Report on lock hospitals in British Burma
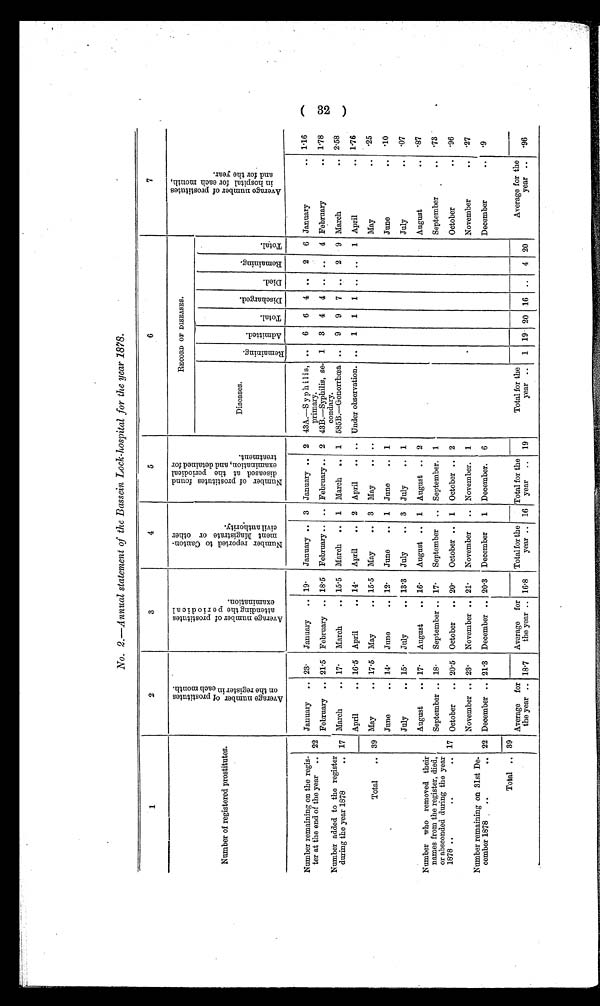
•
No. 2.-Annual statement of the Bassein Lock-hospital for the year 1878.
1
2
3
4
5
6
7
Number of registered prostitutes.
A v e r a g e n u m b e r o f p r o s t i t u t e s o n t h e r e g i s t e r i n e a c h m o n t h .
A v e r a g e n u m b e r p r o s t i t u t e s a t t e n d i n g t h e p e r i o d i c a l e x a m i n a t i o n . N u m b e r r e p o r t e d t o c a n t o n - m e n t M a g i s t r a t e o r o t h e r c i v i l a u t h o r i t y .
N u m b e r o f p r o s t i t u t e s f o u n d d i s e a s e d a t t h e p e r i o d i c a l e x a m i n a t i o n , a n d d e t a i n e d f o r t r a t m e n t .
RECORD OF DISEASES.
A v e r a g e n u m b e r o f p r o s t i t u t e s i n h o s p i t a l f o r e a c h m o n t h a n d f o r t h e y e a r .
Diseases.
Re ma i n i n g . A d m i t t e d .
Tot al .
D i s c h a r g e d .
D i e d .
Re ma i n i n g .
Tot al .
Number remaining on the regis-
ter at the end of the year ..
January .. 23.
January .. 19.
January .. 3 January .. 2 43A.—S y p h i 1 i s, .. 6 6 4 .. 2 6 January
.. 1.16
22
February .. 21.5 February .. 18.5 February .. .. February .. 2
primary.
43B.—Syphilis, se- 1 3 4 4 .. .. 4 February
.. 1.78
Number added to the register
during the year 1878
.. 17 March
.. 17.
March
.. 15.5 March .. 1 March .. 1
condary.
585B.—Gonorrhoea .. 9 9 7 .. 2 9 March
.. 2.58
- April
.. 16.5 April
.. 14.
April
.. 2 April
.. .. Under observation. .. 1 1 1 .. ..
1 April
1.76
Total
.. 39 May
.. 17.5 May
.. 15.5 May
.. 3 May
.. ..
R e m a n i n g .
Admi tted.Total. Di schar ged. Died. Remani ng.Total.
May
..
.25
June
.. 14.
June
.. 12.
June
.. 1 June
.. 1
June
..
.10
July
.. 15.
July
.. 13.3 July
.. 3 July
.. 1
July
..
.07
Number who removed their
names from the register, died,
or absconded during the year
1878 ..
..
. .
August
.. 17. August
.. 16. August .. 1 August .. 2
August
..
.87
September .. 18. September .. 17. September .. September. 1
September
..
.73
17 October .. 20.5 October .. 20.
October .. 1 October .. 2
October
..
.96
Number remaining on 31st De-
cember 1878 ..
. .
November .. 23.
November .. 21. November
.. November. 1
November
..
.27
22 December .. 21.3 December .. 20.3 December
1 December. 6
December
..
.9
Total .. 39
Average for
the year .. 18.7
Average for
the year .. 16.8
Totalfor the
year .. 16
Total for the
year .. 19
Total for the
year .. 1 19 20 16 .. 4 20
Average for the
year .. .96
(32)